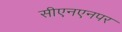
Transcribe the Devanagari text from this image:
सीएनएनपर